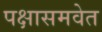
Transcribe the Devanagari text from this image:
पक्षासमवेत